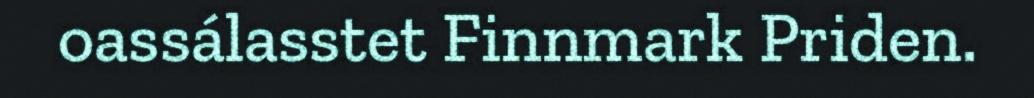
oassálasstet Finnmark Priden.